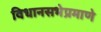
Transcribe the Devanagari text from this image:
विधानसभेप्रमाणे